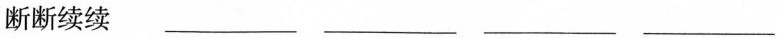
断断续续___ ___ ___ ___